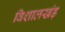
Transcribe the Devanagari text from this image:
विशालखंड़